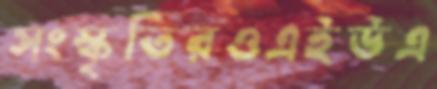
সংস্কৃতিরওএইউএ